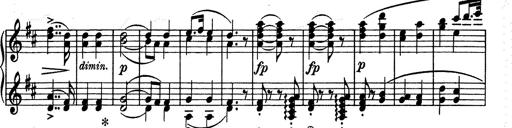
Title: Aus Lohengrin
Composer: Franz Liszt